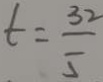
t = \frac { 3 2 } { 5 }